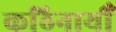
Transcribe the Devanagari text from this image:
कठिनायीँ